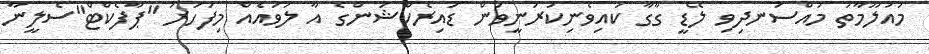
މައުލޫމާތު މުއްސަނދިވި ލޭޑީ ގާގާ ކައިވެނިކުރަނީވަން ޑައިރެކްޝަންގެ އާ ލަވައެއް މިފަހަރު "ޕާފެކްޓް"ސެލީނާ